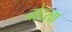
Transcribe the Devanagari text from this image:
नोडखा